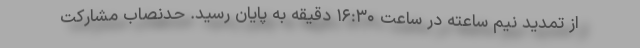
از تمدید نیم ساعته در ساعت ۱۶:۳۰ دقیقه به پایان رسید. حدنصاب مشارکت